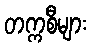
တက္ကစီများ